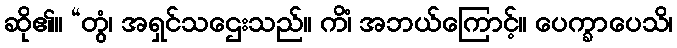
ဆို၏။ “တွံ၊ အရှင်သဌေးသည်။ ကိံ၊ အဘယ်ကြောင့်။ ပေက္ခာပေသိ၊